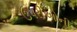
ઉપરીઓની